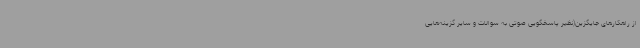
از راهکارهای جایگزین(نظیر پاسخگویی صوتی به سوالات و سایر گزینه‌هایی